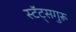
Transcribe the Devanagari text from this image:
स्टॅट्सगुरू